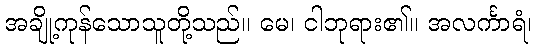
အချို့ကုန်သောသူတို့သည်။ မေ၊ ငါဘုရား၏။ အလင်္ကာရံ၊